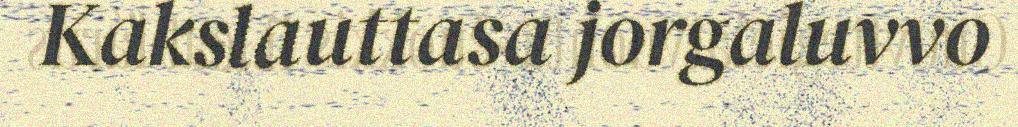
Kakslauttasa jorgaluvvo